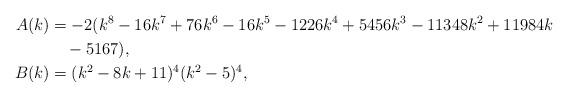
LaTeX: \begin{align*}A(k)&=-2(k^8-16k^7+76k^6-16k^5-1226k^4+5456k^3-11348k^2+11984k \\ & \quad-5167),\\B(k)&=(k^2-8k+11)^4(k^2-5)^4,\end{align*}